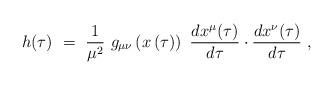
LaTeX: \begin{align*}h(\tau) \ = \ \frac{1}{\mu^2} \ g_{\mu\nu}\left(x\left(\tau\right)\right) \ \frac{dx^\mu(\tau)}{d\tau} \cdot\frac{dx^\nu(\tau)}{d\tau} \ ,\end{align*}